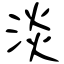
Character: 淡